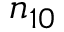
n _ { 1 0 }